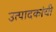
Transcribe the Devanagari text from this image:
उत्पादकांची